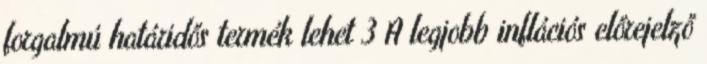
forgalmú határidős termék lehet 3 A legjobb inflációs előrejelző